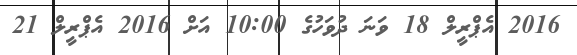
2016 އެޕްރީލް 18 ވަނަ ދުވަހުގެ 10:00 އަށް 2016 އެޕްރީލް 21